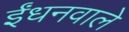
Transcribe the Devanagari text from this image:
ईंधनवाले